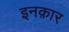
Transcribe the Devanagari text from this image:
इनक़ार